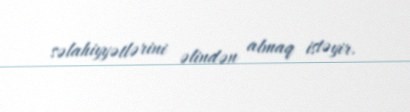
səlahiyyətlərini əlindən almaq istəyir.